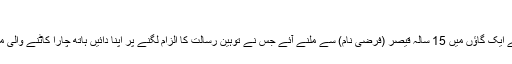
‘
یہ کہنا تھا فاروق احمد کا جو اوکاڑہ ضلعے کے ایک گاؤں میں 15 سالہ قیصر (فرضی نام) سے ملنے آئے جس نے توہین رسالت کا الزام لگنے پر اپنا دائیں ہاتھ چارا کاٹنے والی مشین میں ڈال کر ایک ہی جھٹکے میں کاٹ ڈالا۔